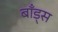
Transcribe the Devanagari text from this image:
बॉंड्स